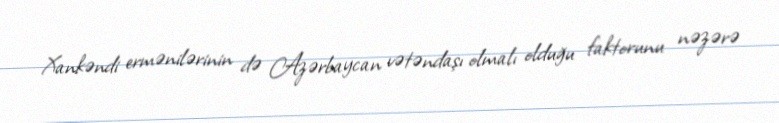
Xankəndi ermənilərinin də Azərbaycan vətəndaşı olmalı olduğu faktorunu nəzərə